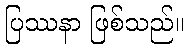
ပြဿနာ ဖြစ်သည်။